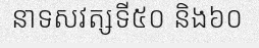
នាទសវត្សទី៥០ និង៦០